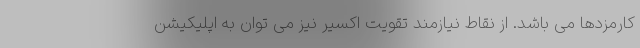
کارمزدها می باشد. از نقاط نیازمند تقویت اکسیر نیز می توان به اپلیکیشن